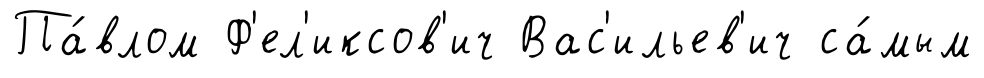
Па́влом Ф'ел'иксов'ич Вас'ильев'ич са́мым